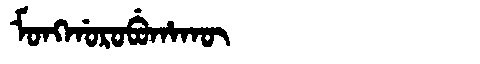
Manchu: ᠮᠣᠩᡤᠣᡵᠣᠪᡠᡥᠠᡴᡡ
Romanization: MONGGOROBUHAKŪ